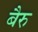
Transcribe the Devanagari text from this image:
बैरु